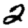
Digit: 2